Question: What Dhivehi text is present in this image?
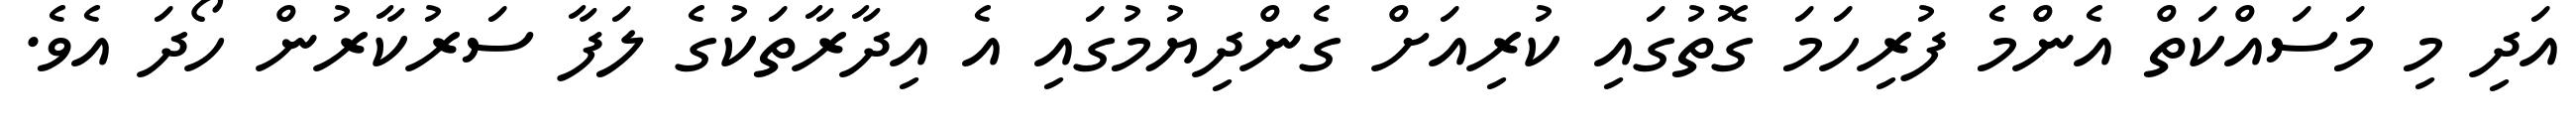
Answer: އަދި މި މަސައްކަތް އެންމެ ފުރިހަމަ ގޮތުގައި ކުރިއަށް ގެންދިޔުމުގައި އެ އިދާރާތަކުގެ ލަފާ ސަރުކާރުން ހޯދަ އެވެ.